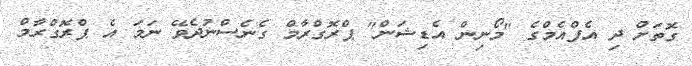
ގޮތަށް ދި އެފްއެމްގެ "މޯނިން އެޑިޝަން" ޕްރޮގްރާމް ގެނެސްނުދެވޭ ނަމަ އެ ޕްރޮގްރާމް